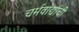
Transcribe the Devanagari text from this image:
चर्मवाद्यांची